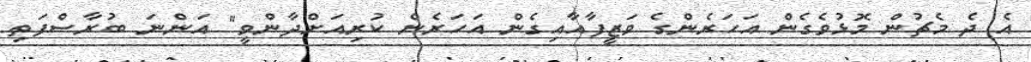
އެ ދެ މެޗުން މޮޅުވެގެން އަހަރެންގެ ވަޒީފާއާއިގެން އަހަރެން ކުރިއަށްދާންވީ" އަންނަ ބުރާސްފަތި